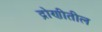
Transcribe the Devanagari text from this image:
द्रोणीतील